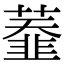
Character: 𦼩